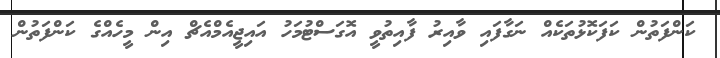
ކަންފަތުން ކަފަކޮޅުތަކެއް ނަގާފައި ވާއިރު ފާއިތުވީ އޮގަސްޓުމަހު އައިޖީއެމްއެޗް އިން މީހެއްގެ ކަންފަތުން